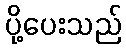
ပို့ပေးသည်